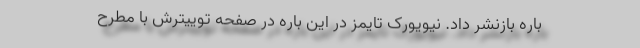
باره بازنشر داد. نیویورک تایمز در این باره در صفحه توییترش با مطرح